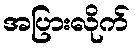
အပြားလိုက်